Report of the Indian Hemp Drugs Commission, 1894-1895 - Volume IV
Year: 1894
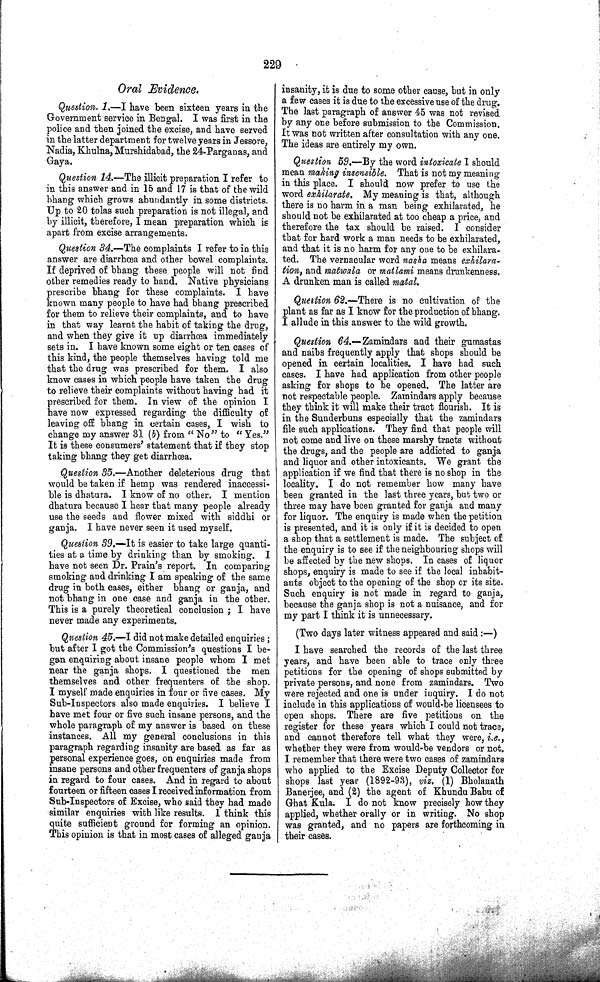
229
Oral Evidence.
Question. 1.—I have been sixteen years in the
Government service in Bengal. I was first in the
police and then joined the excise, and have served
in the latter department for twelve years in Jessore,
Nadia, Khulna, Murshidabad, the 24-Parganas, and
Gaya.
Question 14.—The illicit preparation I refer to
in this answer and in 15 and 17 is that of the wild
bhang which grows abundantly in some districts.
Up to 20 tolas such preparation is not illegal, and
by illicit, therefore, I mean preparation which is
apart from excise arrangements.
Question 34.—The complaints I refer to in this
answer are diarrhœa and other bowel complaints.
If deprived of bhang these people will not find
other remedies ready to hand. Native physicians
prescribe bhang for these complaints. I have
known many people to have had bhang prescribed
for them to relieve their complaints, and to have
in that way learnt the habit of taking the drug,
and when they give it up diarrhœa immediately
sets in. I have known some eight or ten cases of
this kind, the people themselves having told me
that the drug was prescribed for them. I also
know cases in which people have taken the drug
to relieve their complaints without having had it
prescribed for them. In view of the opinion I
have now expressed regarding the difficulty of
leaving off bhang in certain cases, I wish to
change my answer 31 (b) from "No" to "Yes."
It is these consumers' statement that if they stop
taking bhang they get diarrhœa.
Question 35.—Another deleterious drug that
would be taken if hemp was rendered inaccessi-
ble is dhatura. I know of no other. I mention
dhatura because I hear that many people already
use the seeds and flower mixed with siddhi or
ganja. I have never seen it used myself.
Question 39.—It is easier to take large quanti-
ties at a time by drinking than by smoking. I
have not seen Dr. Prain's report. In comparing
smoking and drinking I am speaking of the same
drug in both cases, either bhang or ganja, and
not bhang in one case and ganja in the other.
This is a purely theoretical conclusion; I have
never made any experiments.
Question 45.—I did not make detailed enquiries;
but after I got the Commission's questions I be-
gan enquiring about insane people whom I met
near the ganja shops. I questioned the men
themselves and other frequenters of the shop.
I myself made enquiries in four or five cases. My
Sub-Inspectors also made enquiries. I believe I
have met four or five such insane persons, and the
whole paragraph of my answer is based on these
instances. All my general conclusions in this
paragraph regarding insanity are based as far as
personal experience goes, on enquiries made from
insane persons and other frequenters of ganja shops
in regard to four cases. And in regard to about
fourteen or fifteen cases I received information from
Sub-Inspectors of Excise, who said they had made
similar enquiries with like results. I think this
quite sufficient ground for forming an opinion.
This opinion is that in most cases of alleged ganja
insanity, it is due to some other cause, but in only
a few cases it is due to the excessive use of the drug.
The last paragraph of answer 45 was not revised
by any one before submission to the Commission.
It was not written after consultation with any one.
The ideas are entirely my own.
Question 59.—By the word intoxicate I should
mean making insensible. That is not my meaning
in this place. I should now prefer to use the
word exhilarate. My meaning is that, although
there is no harm in a man being exhilarated, he
should not be exhilarated at too cheap a price, and
therefore the tax should be raised. I consider
that for hard work a man needs to be exhilarated,
and that it is no harm for any one to be exhilara-
ted. The vernacular word nasha means exhilara-
tion, and matwala or matlami means drunkenness.
A drunken man is called matal.
Question 62.—There is no cultivation of the
plant as far as I know for the production of bhang.
I allude in this answer to the wild growth.
Question 64.—Zamindars and their gumastas
and naibs frequently apply that shops should be
opened in certain localities. I have had such
cases. I have had application from other people
asking for shops to be opened. The latter are
not respectable people. Zamindars apply because
they think it will make their tract flourish. It is
in the Sunderbuns especially that the zamindars
file such applications. They find that people will
not come and live on these marshy tracts without
the drugs, and the people are addicted to ganja
and liquor and other intoxicants. We grant the
application if we find that there is no shop in the
locality. I do not remember how many have
been granted in the last three years, but two or
three may have been granted for ganja and many
for liquor. The enquiry is made when the petition
is presented, and it is only if it is decided to open
a shop that a settlement is made. The subject of
the enquiry is to see if the neighbouring shops will
be affected by the new shops. In cases of liquor
shops, enquiry is made to see if the local inhabit-
ants object to the opening of the shop or its site.
Such enquiry is not made in regard to ganja,
because the ganja shop is not a nuisance, and for
my part I think it is unnecessary.
(Two days later witness appeared and said:—)
I have searched the records of the last three
years, and have been able to trace only three
petitions for the opening of shops submitted by
private persons, and none from zamindars. Two
were rejected and one is under inquiry. I do not
include in this applications of would-be licensees to
open shops. There are five petitions on the
register for these years which I could not trace,
and cannot therefore tell what they were, i.e.,
whether they were from would-be vendors or not.
I remember that there were two cases of zamindars
who applied to the Excise Deputy Collector for
shops last year (1892-93), viz. (1) Bholanath
Banerjee, and (2) the agent of Khundu Babu of
Ghat Kula. I do not know precisely how they
applied, whether orally or in writing. No shop
was granted, and no papers are forthcoming in
their cases.